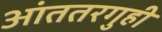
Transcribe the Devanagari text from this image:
आंततरगुही